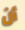
أن